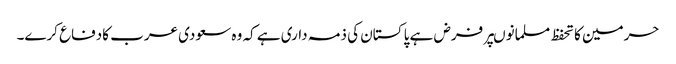
حرمین کا تحفظ مسلمانوںپر فرض ہے پا کستان کی ذمہ داری ہے کہ وہ سعودی عرب کادفاع کرے۔